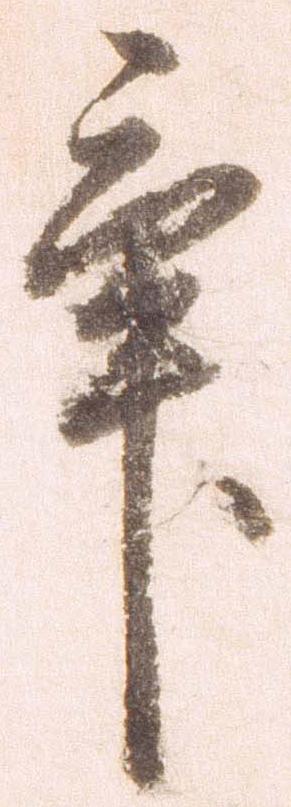
畢